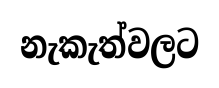
නැකැත්වලට